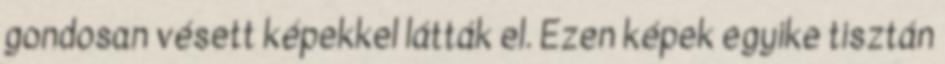
gondosan vésett képekkel látták el. Ezen képek egyike tisztán